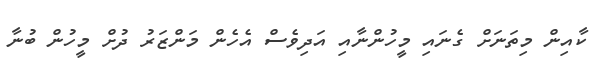
ކާއިން މިތަނަށް ގެނައި މީހުންނާއި އަދިވެސް އެހެން މަންޒަރު ދުށް މީހުން ބުނާ